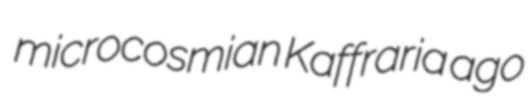
microcosmian Kaffraria ago